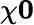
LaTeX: \chi\le 0